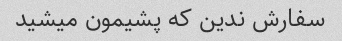
سفارش ندین که پشیمون میشید